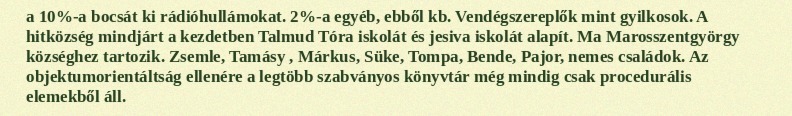
a 10%-a bocsát ki rádióhullámokat. 2%-a egyéb, ebből kb. Vendégszereplők mint gyilkosok. A hitközség mindjárt a kezdetben Talmud Tóra iskolát és jesiva iskolát alapít. Ma Marosszentgyörgy községhez tartozik. Zsemle, Tamásy , Márkus, Süke, Tompa, Bende, Pajor, nemes családok. Az objektumorientáltság ellenére a legtöbb szabványos könyvtár még mindig csak procedurális elemekből áll.